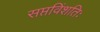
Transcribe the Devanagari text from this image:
सप्तविंशतिः